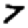
Digit: 7